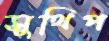
সুথিপ